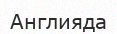
Англияда